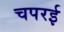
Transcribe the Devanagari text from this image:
चपरई